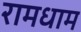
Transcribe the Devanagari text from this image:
रामधाम